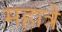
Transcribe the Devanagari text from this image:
महात्रे